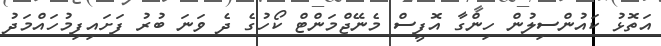
އަތޮޅު ކައުންސިލުން ހިންގާ އޮފީސް މެނޭޖްމަންޓް ކޯހުގެ ދެ ވަނަ ބުރު ފަށައިފިމުހައްމަދު